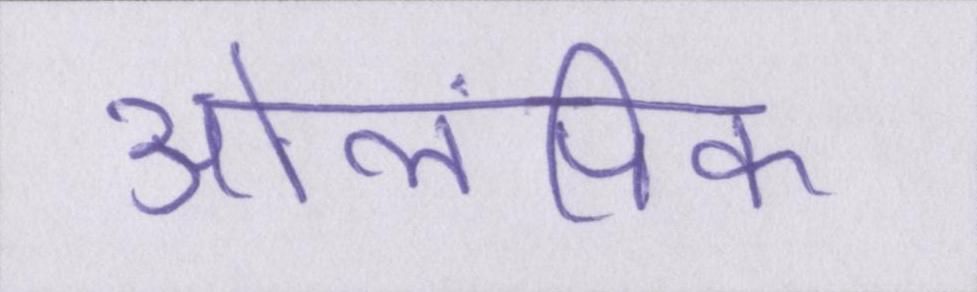
ओलंपिक